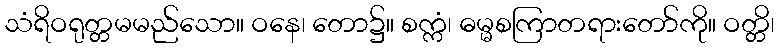
သံရိဝရုတ္တမမည်သော။ ဝနေ၊ တော၌။ စက္ကံ၊ ဓမ္မစကြာတရားတော်ကို။ ဝတ္တိ၊